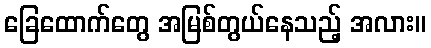
ခြေထောက်တွေ အမြစ်တွယ်နေသည့် အလား။